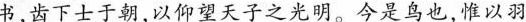
书，齿下士于朝。以仰望天子之光明。今是鸟也，恨以羽